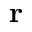
\mathbf { r }